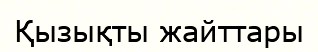
Қызықты жайттары